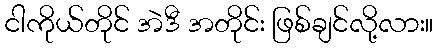
ငါကိုယ်တိုင် အဲဒီ အတိုင်း ဖြစ်ချင်လို့လား။